Vaccination report Assam 1896-1927 - 1896-1927
Year: 1896
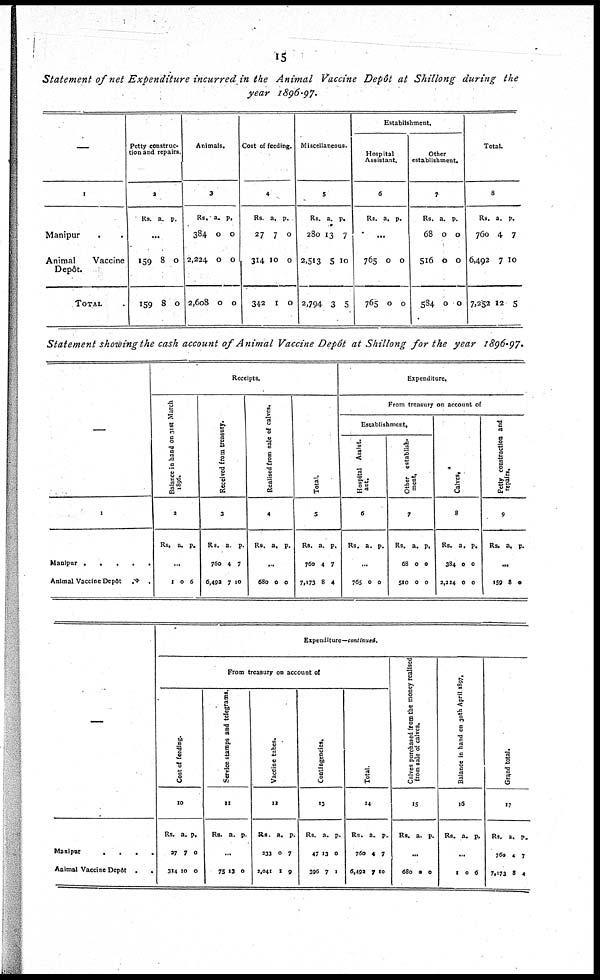
15
Statement of net Expenditure incurred in the Animal Vaccine Depôt at Shillong during the
year 1896-97.
—
1
Manipur ..
Animal
Vaccine
Depôt.
TOTAL .
Petty construc-
tion and repairs.
2
Rs. a. p.
...
159
159
8
8
0
0
Animals.
3
Rs.
384
2,224
2,608
a.
0
0
0
p.
0
0
0
Cost of feeding.
4
Rs.
27
314
342
a.
7
10
1
p.
0
0
0
Miscellaneous.
5
Rs.
280
2,513
2,794
a.
13
5
3
p.
7
10
5
Establishment.
Hospital
Assistant.
6
Rs. a. p.
...
765
765
0
0
0
0
Other
establishment.
7
Rs.
68
516
584
a.
0
0
0
p.
0
0
0
Total.
8
Rs.
760
6,492
7,252
a.
4
7
12
p.
7
10
5
Statement showing the cash account of Animal Vaccine Depôt at Shillong for the year 1896-97.
—
1
Manipur .....
Animal Vaccine Depôt
..
Receipts.
Balance in hand on 31st March
1896.
2
Rs. a. p.
...
1 0 6
Received from treasury.
3
Rs.
760
6,492
a.
4
7
p.
7
10
Realised from sale of calves.
4
Rs. a. p.
...
680 0 0
Total.
5
Rs.
760
7,173
a.
4
8
p.
7
4
Expenditure.
From treasury on account of
Establishment.
Hospital Assist¬
ant.
6
Rs. a. p.
...
765 0 0
Other establish¬
ment.
7
Rs.
68
510
a.
0
0
p.
0
0
Calves.
8
Rs.
384
2,224
a.
0
0
p.
0
0
Petty construction and
repairs.
9
Rs. a. p.
...
159 8 0
—
Manipur
....
Animal Vaccine Depôt
..
Expenditure—continued.
From treasury on account of
Cost of feeding.
10
Rs.
27
314
a.
7
10
p.
0
0
Service stamps and telegrams.
11
Rs. a. p.
...
75 13 0
Vaccine tubes.
12
Rs.
233
2,041
a.
0
1
p.
7
9
Contingencies.
13
Rs.
47
396
a.
13
7
p.
0
1
Total.
14
Rs.
760
6,492
a.
4
7
p.
7
10
Calves purchased from the money realised
from sale of calves.
15
Rs. a. p.
...
680 0 0
Balance in hand on 30th April 1897.
16
Rs. a. p.
...
1 0 6
Grand total.
17
Rs.
760
7,173
a.
4
8
p.
7
4